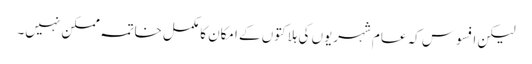
لیکن افسوس کہ عام شہریوں کی ہلاکتوں کے امکان کا مکمل خاتمہ ممکن نہیں۔